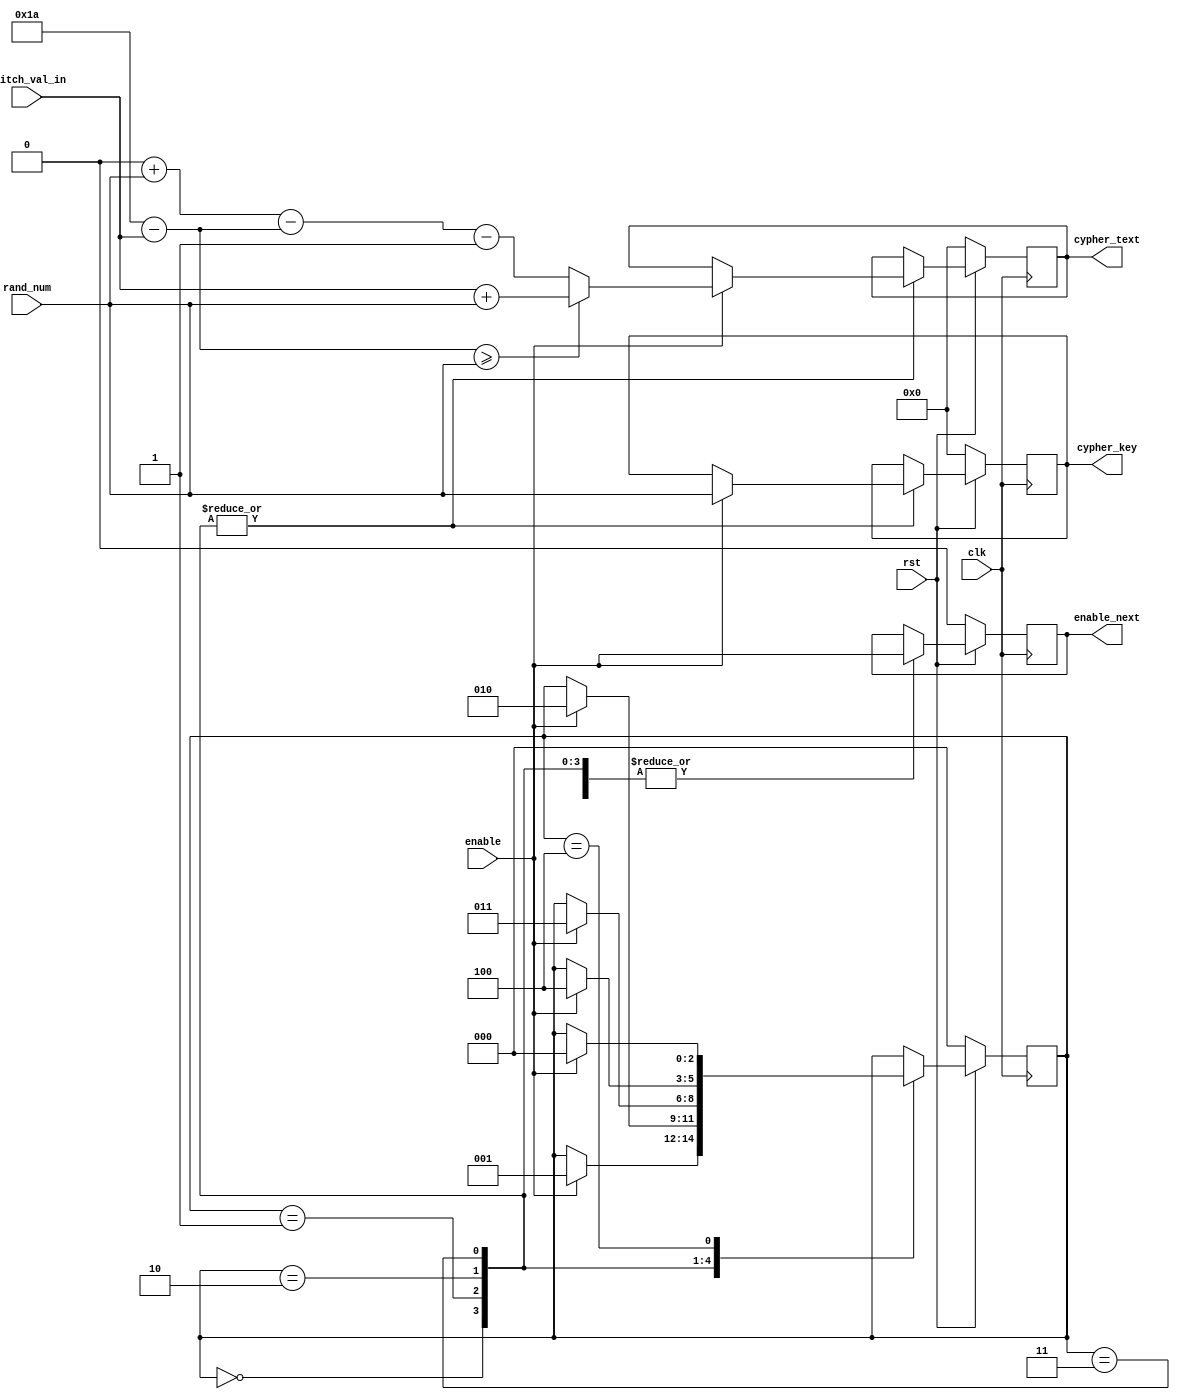
module encryption_module (
    // sequential logic vars
    rst, clk, 
    // loading user values vars
    enable, switch_val_in, 
    // input from rng
    rand_num,
    // output to decryption module
    cypher_key, enable_next,
    // output to both modules
    cypher_text);
    
    // input vars
    input rst, clk, enable; // 1-bit
    input [4:0] switch_val_in; // 5-bit
    input [4:0] rand_num; // 5-bit

    // output vars
    output reg enable_next; // 1-bit
    output reg [4:0] cypher_key, cypher_text; // 5-bit
    
    // helper vars
    reg [2:0] state; // 3-bit
    parameter state_load_l1 = 3'b000, state_load_l2 = 3'b001;
    parameter state_load_l3 = 3'b010, state_load_l4 = 3'b011;
    parameter state_fully_loaded = 3'b100;


    always @(posedge clk) begin
	// When reset button is pressed
        if(rst == 0) begin
            enable_next <= 0; // letter hasn't been encrypted yet
            cypher_key <= 0; // random key hasn't been generated
            cypher_text <= 0; // cypher text hasn't been generated
            state <= state_load_l1; // go to first state
        end
	// When reset button is not pressed
        else begin
            case (state)
		// First Character 
                state_load_l1: begin
		    // set enable_next == enable
		    // if enable = 1, letter is loaded & will be encrypted
		    // if enable = 0, letter hasn't been loaded & is not encrypted
                    enable_next <= enable; 

		    // When letter is LOADED --> encrypt
                    if (enable == 1) begin
                        cypher_key = rand_num; // cyper key = random num from RNG module
			
			// Determine Cypertext
			// Check if cypher key is greater than 26 (the last allowed input)
			// If 26 - letter value >= key --> add letter val + key
                        if( (5'b11010 - switch_val_in ) >= cypher_key) begin
                            cypher_text <= switch_val_in + cypher_key;
                        end
			// If 26 - letter < key --> do diff. algorithm to produce random cyphertext
                        else begin
                            cypher_text <= (5'b00000 + cypher_key - (5'b11010 - switch_val_in) - 1);
                        end

			// Go to next state 
                        state <= state_load_l2;
                    end
                end
		// Second Character
                state_load_l2: begin
		    // set enable_next == enable
		    // if enable = 1, letter is loaded & will be encrypted
		    // if enable = 0, letter hasn't been loaded & is not encrypted
                    enable_next <= enable;

		    // When letter is LOADED --> encrypt
                    if (enable == 1) begin
                        cypher_key = rand_num; // cyper key = random num from RNG module

			// Determine Cypertext
			// Check if cypher key is greater than 26 (the last allowed input)
			// If 26 - letter value >= key --> add letter val + key
                        if( (5'b11010 - switch_val_in ) >= cypher_key) begin
                            cypher_text <= switch_val_in + cypher_key;
                        end
			// If 26 - letter < key --> do diff. algorithm to produce random cyphertext
                        else begin
                            cypher_text <= (5'b00000 + cypher_key - (5'b11010 - switch_val_in) - 1);
                        end
			
			// save new cypher key
                        cypher_key <= cypher_key; 

			// Go to next state
                        state <= state_load_l3;
                    end
                end
		// Third Character
                state_load_l3: begin
		    // set enable_next == enable
		    // if enable = 1, letter is loaded & will be encrypted
		    // if enable = 0, letter hasn't been loaded & is not encrypted
                    enable_next <= enable;

		    // When letter is LOADED --> encrypt
                    if (enable == 1) begin
                        cypher_key = rand_num; // cyper key = random num from RNG module

			// Determine Cypertext
			// Check if cypher key is greater than 26 (the last allowed input)
			// If 26 - letter value >= key --> add letter val + key
                        if( (5'b11010 - switch_val_in ) >= cypher_key) begin
                            cypher_text <= switch_val_in + cypher_key;
                        end
			// If 26 - letter < key --> do diff. algorithm to produce random cyphertext
                        else begin
                            cypher_text <= (5'b00000 + cypher_key - (5'b11010 - switch_val_in) - 1);
                        end

			// save new cypher key
                        cypher_key <= cypher_key; 
			
			// Go to next state
                        state <= state_load_l4;
                    end
                end
		// Fourth Character
                state_load_l4: begin
		    // set enable_next == enable
		    // if enable = 1, letter is loaded & will be encrypted
		    // if enable = 0, letter hasn't been loaded & is not encrypted
                    enable_next <= enable;

		    // When letter is LOADED --> encrypt
                    if (enable == 1) begin
                        cypher_key = rand_num; // cyper key = random num from RNG module

			// Determine Cypertext
			// Check if cypher key is greater than 26 (the last allowed input)
			// If 26 - letter value >= key --> add letter val + key
                        if( (5'b11010 - switch_val_in ) >= cypher_key) begin
                            cypher_text <= switch_val_in + cypher_key;
                        end
			// If 26 - letter < key --> do diff. algorithm to produce random cyphertext
                        else begin
                            cypher_text <= (5'b00000 + cypher_key - (5'b11010 - switch_val_in) - 1);
                        end

			// save new cypher key
                        cypher_key <= cypher_key; 

			// Go to next state
                        state <= state_fully_loaded;
                    end
                end
		// All Four Characters Inputted
                state_fully_loaded: begin
		    // set enable_next == enable
		    // if enable = 1, new letter has been loaded
		    // if enable = 0, letter hasn't been loaded 
                    enable_next <= enable;

		    // When enable = 1, new letter is inputted --> start all over from beginning to first char
                    if (enable == 1) begin
                        state <= state_load_l1;
                    end
                end
            endcase
        end
    end
endmodule